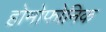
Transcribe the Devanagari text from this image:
होमोफोनिक